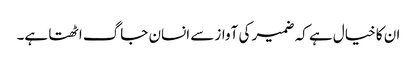
ان کا خیال ہے کہ ضمیر کی آواز سے انسان جاگ اٹھتا ہے۔